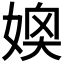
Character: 𪦂